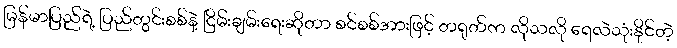
မြန်မာပြည်ရဲ့ ပြည်တွင်းစစ်နဲ့ ငြိမ်းချမ်းရေးဆိုတာ စင်စစ်အားဖြင့် တရုတ်က လိုသလို ရေလဲသုံးနိုင်တဲ့